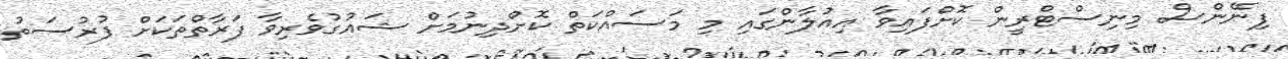
ފިނޭންސް މިނިސްޓްރީން ކޮށްފައިވާ އިއުލާންގައި މި މަސައްކަތް ކޮށްދިނުމަށް ޝައުގުވެރިވާ ފަރާތްތަކަށް ފުރުސަތު